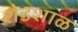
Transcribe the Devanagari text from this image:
शेडशाळ